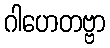
ဂါဟေတဗ္ဗာ